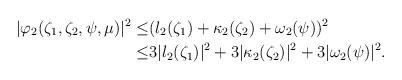
LaTeX: \begin{align*}|\varphi_{2}(\zeta_{1},\zeta_{2},\psi,\mu)|^{2}\leq&( l_{2}(\zeta_{1})+\kappa_{2}(\zeta_{2})+\omega_{2}(\psi))^{2}\\\leq&3|l_{2}(\zeta_{1})|^{2}+3|\kappa_{2}(\zeta_{2})|^{2}+3|\omega_{2}(\psi)|^{2}.\\\end{align*}